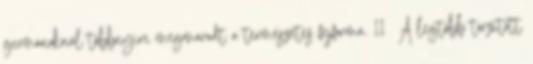
germánoknál többnyire megmaradt a természetes fejforma. 11 A legtöbb torzított